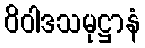
ဝိဝါဒသမုဋ္ဌာနံ